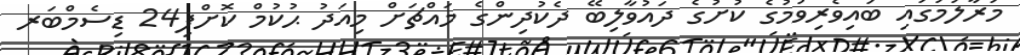
މަރާލުމުގައި ބައިވެރިވުމުގެ ކުށުގެ ދައުވާލިބޭ ދެކުދިންގެ މައްޗަށް މިއަދު ޙުކުމް ކޮށްފި24 ޑިސެމްބަރ